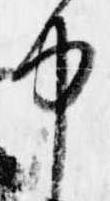
中